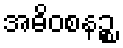
အဓိဝစနဉ္စ